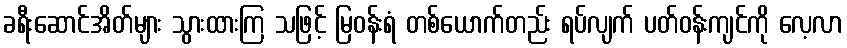
ခရီးဆောင်အိတ်များ သွားထားကြ သဖြင့် မြဝန်းရံ တစ်ယောက်တည်း ရပ်လျက် ပတ်ဝန်းကျင်ကို လေ့လာ